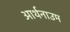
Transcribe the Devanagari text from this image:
आर्थनाउम